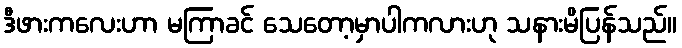
ဒီဖားကလေးဟာ မကြာခင် သေတော့မှာပါကလားဟု သနားမိပြန်သည်။